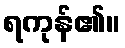
ရကုန်၏။